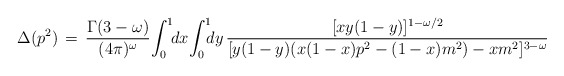
\begin{align*}\Delta(p^2) \,=\, \frac{\Gamma(3-\omega)}{(4\pi)^\omega} \!\int_0^1 \! \! dx \! \int_0^1 \! \! \! dy \,\frac{[xy(1-y)]^{1-\omega/2}}{[ y(1-y)( x(1-x)p^2 - (1-x)m^2) -xm^2]^{3-\omega}} \end{align*}